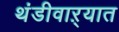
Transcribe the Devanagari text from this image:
थंडीवाऱ्यात